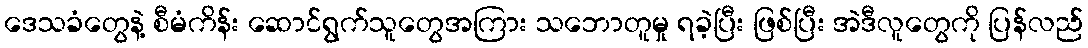
ဒေသခံတွေနဲ့ စီမံကိန်း ဆောင်ရွက်သူတွေအကြား သဘောတူမှု ရခဲ့ပြီး ဖြစ်ပြီး အဲဒီလူတွေကို ပြန်လည်